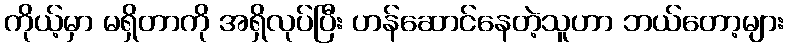
ကိုယ့်မှာ မရှိတာကို အရှိလုပ်ပြီး ဟန်ဆောင်နေတဲ့သူဟာ ဘယ်တော့များ